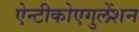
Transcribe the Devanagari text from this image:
ऐन्टीकोएगुलेंशन